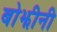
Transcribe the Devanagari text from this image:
बोझीनी